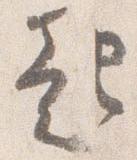
起